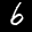
Label: 6